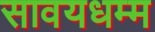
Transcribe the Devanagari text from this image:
सावयधम्म